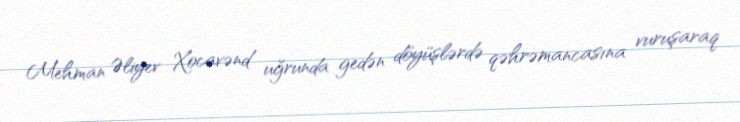
Mehman Əliyev Xocavənd uğrunda gedən döyüşlərdə qəhrəmancasına vuruşaraq